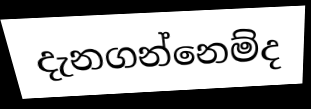
දැනගන්නෙම්ද